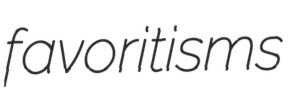
favoritisms